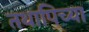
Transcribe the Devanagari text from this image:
तथापिच्या